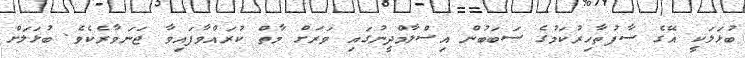
ބުޅަލަކީ އޭގެ ސާފުތާހިރުކަމުގެ ސަބަބުން އިސްލާމްދީނުގައި ވަރަށް މާތް ކުރައްވާފައިވާ ޖަނަވާރެކެވެ. ބުޅަލަށް